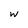
Character: W